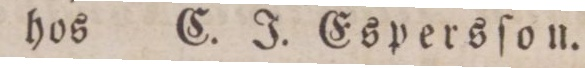
hos C. J. Espersſon.